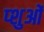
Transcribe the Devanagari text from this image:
प्शुओं